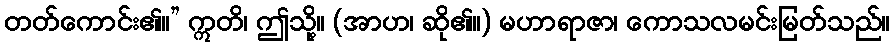
တတ်ကောင်း၏။” ဣတိ၊ ဤသို့။ (အာဟ၊ ဆို၏။) မဟာရာဇာ၊ ကောသလမင်းမြတ်သည်။